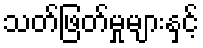
သတ်ဖြတ်မှုများနှင့်